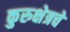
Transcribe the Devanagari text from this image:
कुरुक्षेत्रचे